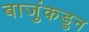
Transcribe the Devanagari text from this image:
बाजुंकडुन